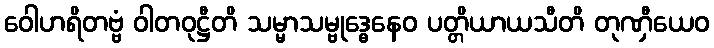
ဝေါဟရိတဗ္ဗံ ဝါတဝုဋ္ဌီတိ သမ္မာသမ္ဗုဒ္ဓေနေဝ ပတ္တိယာယသီတိ တုဏှီယေဝ